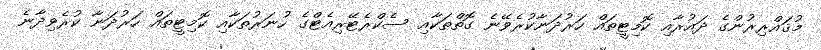
މުޤައްރިރުންގެ ދައުރާއި ކޮމިޓީތައް ހަރުދަނާކުރެވޭނެ ގޮތްތަކާއި ސެކްރެޓޭރިއެޓްގެ ހުނަރުތަކާއި ކޮމިޓީތައް ހަރުދަނާ ކުރެވިދާނެ